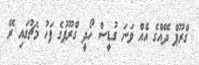
ގްރޫޕް ދޭއްގެ އެެއް ވަނަ ގުޑީސް ހޯދީ ގްރޫޕުގެ ފަހު މެޗުގައި ރޭ